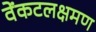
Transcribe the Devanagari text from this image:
वेंकटलक्षमण